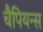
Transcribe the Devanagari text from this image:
चैपियन्स